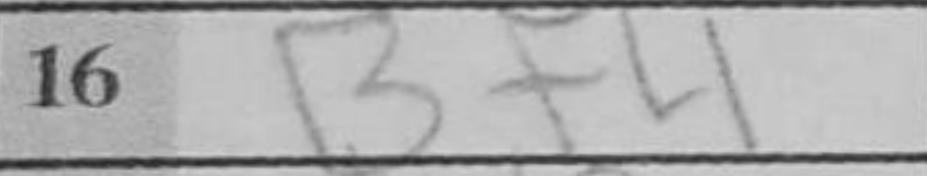
Transcription: Bf4